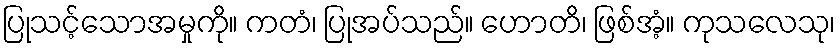
ပြုသင့်သောအမှုကို။ ကတံ၊ ပြုအပ်သည်။ ဟောတိ၊ ဖြစ်အံ့။ ကုသလေသု၊